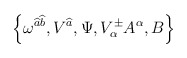
\begin{align*}\left\{ \omega ^{\widehat{a}\widehat{b}},V^{\widehat{a}},\Psi ,V^{\pm }_{\alpha }A^{\alpha },B\right\}\end{align*}